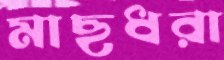
মাছধরা